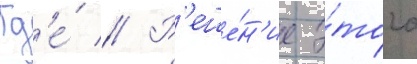
Гд'е́ // Р'еше́н'ие э́того